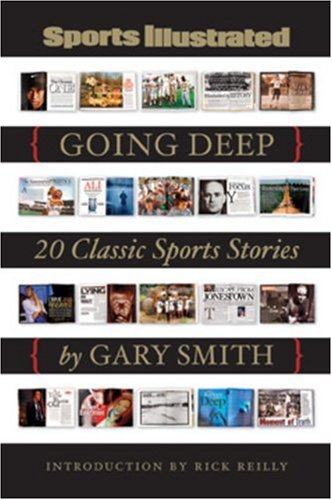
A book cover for Sports Illustrated: Going Deep: 20 Classic Sports Stories; Gary Smith; Sports & Outdoors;